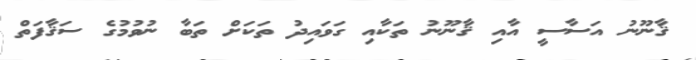
ޤާނޫނު އަސާސީ އާއި ޤާނޫނު ތަކާއި ގަވައިދު ތަކަށް ތަބާ ނުވުމުގެ ސަޤާފަތް